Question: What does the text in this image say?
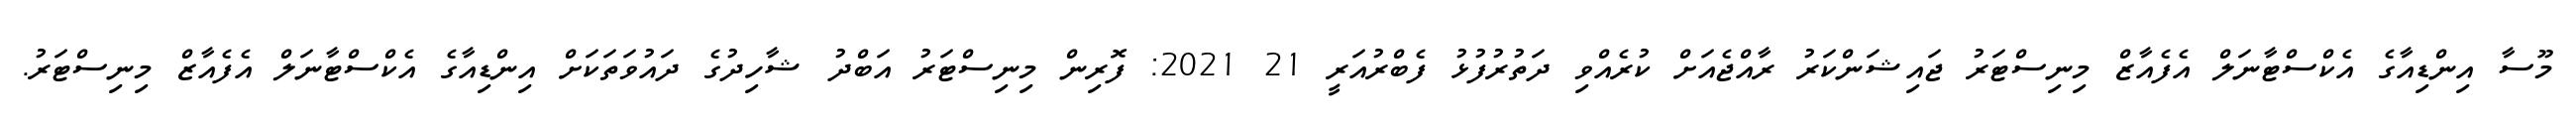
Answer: މޫސާ އިންޑިއާގެ އެކްސްޓާނަލް އެފެއާޒް މިނިސްޓަރު ޖައިޝަންކަރު ރާއްޖެއަށް ކުރެއްވި ދަތުރުފުޅު ފެބްރުއަރީ 21 2021: ފޮރިން މިނިސްޓަރު އަބްދު ޝާހިދުގެ ދައުވަތަކަށް އިންޑިއާގެ އެކްސްޓާނަލް އެފެއާޒް މިނިސްޓަރު.